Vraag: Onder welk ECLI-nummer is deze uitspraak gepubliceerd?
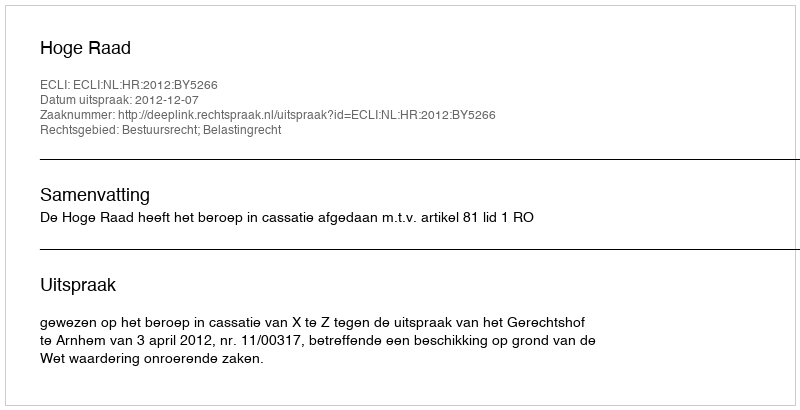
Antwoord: ECLI:NL:HR:2012:BY5266